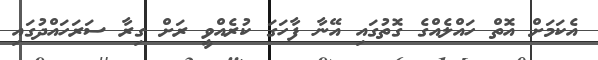
އެކަމަށް އޮތް ހައްލެއްގެ ގޮތުގައި އޭނާ ފާހަގަ ކުރެއްވީ ރަށް ގިރާ ސަރަހައްދުގައި